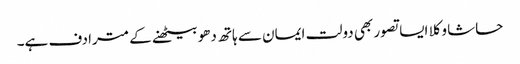
حاشا وکلا ایسا تصور بھی دولت ایمان سے ہاتھ دھو بیٹھنے کے مترادف ہے۔